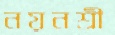
নয়নশ্রী